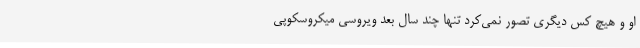
او و هیچ کس دیگری تصور نمی‌کرد تنها چند سال بعد ویروسی میکروسکوپی